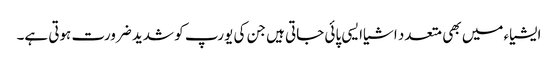
ایشیاء میں بھی متعدد اشیاایسی پائی جاتی ہیں جن کی یورپ کو شدید ضرورت ہوتی ہے۔